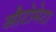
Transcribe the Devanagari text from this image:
औटोमेटा